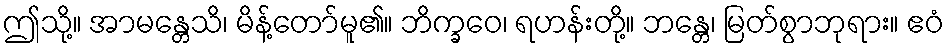
ဤသို့။ အာမန္တေသိ၊ မိန့်တော်မူ၏။ ဘိက္ခဝေ၊ ရဟန်းတို့။ ဘန္တေ၊ မြတ်စွာဘုရား။ ဧဝံ